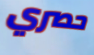
حصري